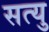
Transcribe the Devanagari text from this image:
सत्यु